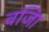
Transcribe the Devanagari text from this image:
वजिा